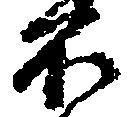
不